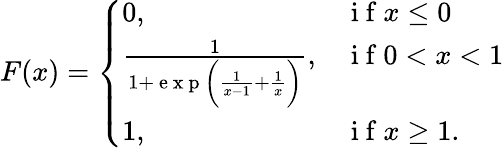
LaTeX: F(x)=\left\{ \begin{array}{ll}{0,}&{\mathrm{~i~f~}x\leq 0}\\ {\frac{1}{1+\mathrm{~e~x~p~}\biggl(\frac{1}{x-1}+\frac{1}{x}\biggl)},}&{\mathrm{~i~f~}0<x<1}\\ {1,}&{\mathrm{~i~f~}x\geq 1.}\end{array}\right.